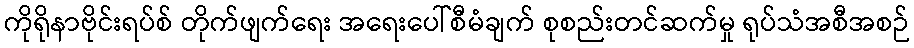
ကိုရိုနာဗိုင်းရပ်စ် တိုက်ဖျက်ရေး အရေးပေါ်စီမံချက် စုစည်းတင်ဆက်မှု ရုပ်သံအစီအစဉ်